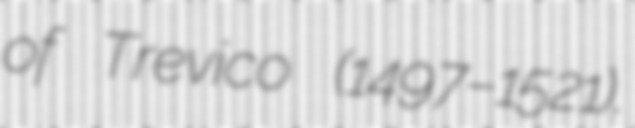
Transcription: of Trevico (1497–1521).